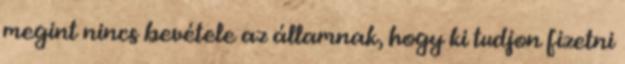
megint nincs bevétele az államnak, hogy ki tudjon fizetni